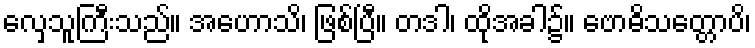
လှေသူကြီးသည်။ အဟောသိ၊ ဖြစ်ပြီ။ တဒါ၊ ထိုအခါ၌။ ဗောဓိသတ္တောပိ၊